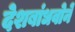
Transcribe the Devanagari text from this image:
देशबांधवोने